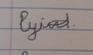
Signature authenticity: forged